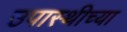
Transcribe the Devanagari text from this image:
उपास्थीच्या